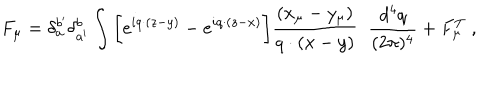
F _ { \mu } = \delta _ { a } ^ { b ^ { \prime } } \delta _ { a ^ { \prime } } ^ { b } \int \bigg \lbrack e ^ { i q \cdot ( z - y ) } - e ^ { i q \cdot ( z - x ) } \bigg \rbrack { \frac { ( x _ { \mu } - y _ { \mu } ) } { q \cdot ( x - y ) } } \; \; { \frac { d ^ { 4 } q } { ( 2 \pi ) ^ { 4 } } } + F _ { \mu } ^ { T } \; ,